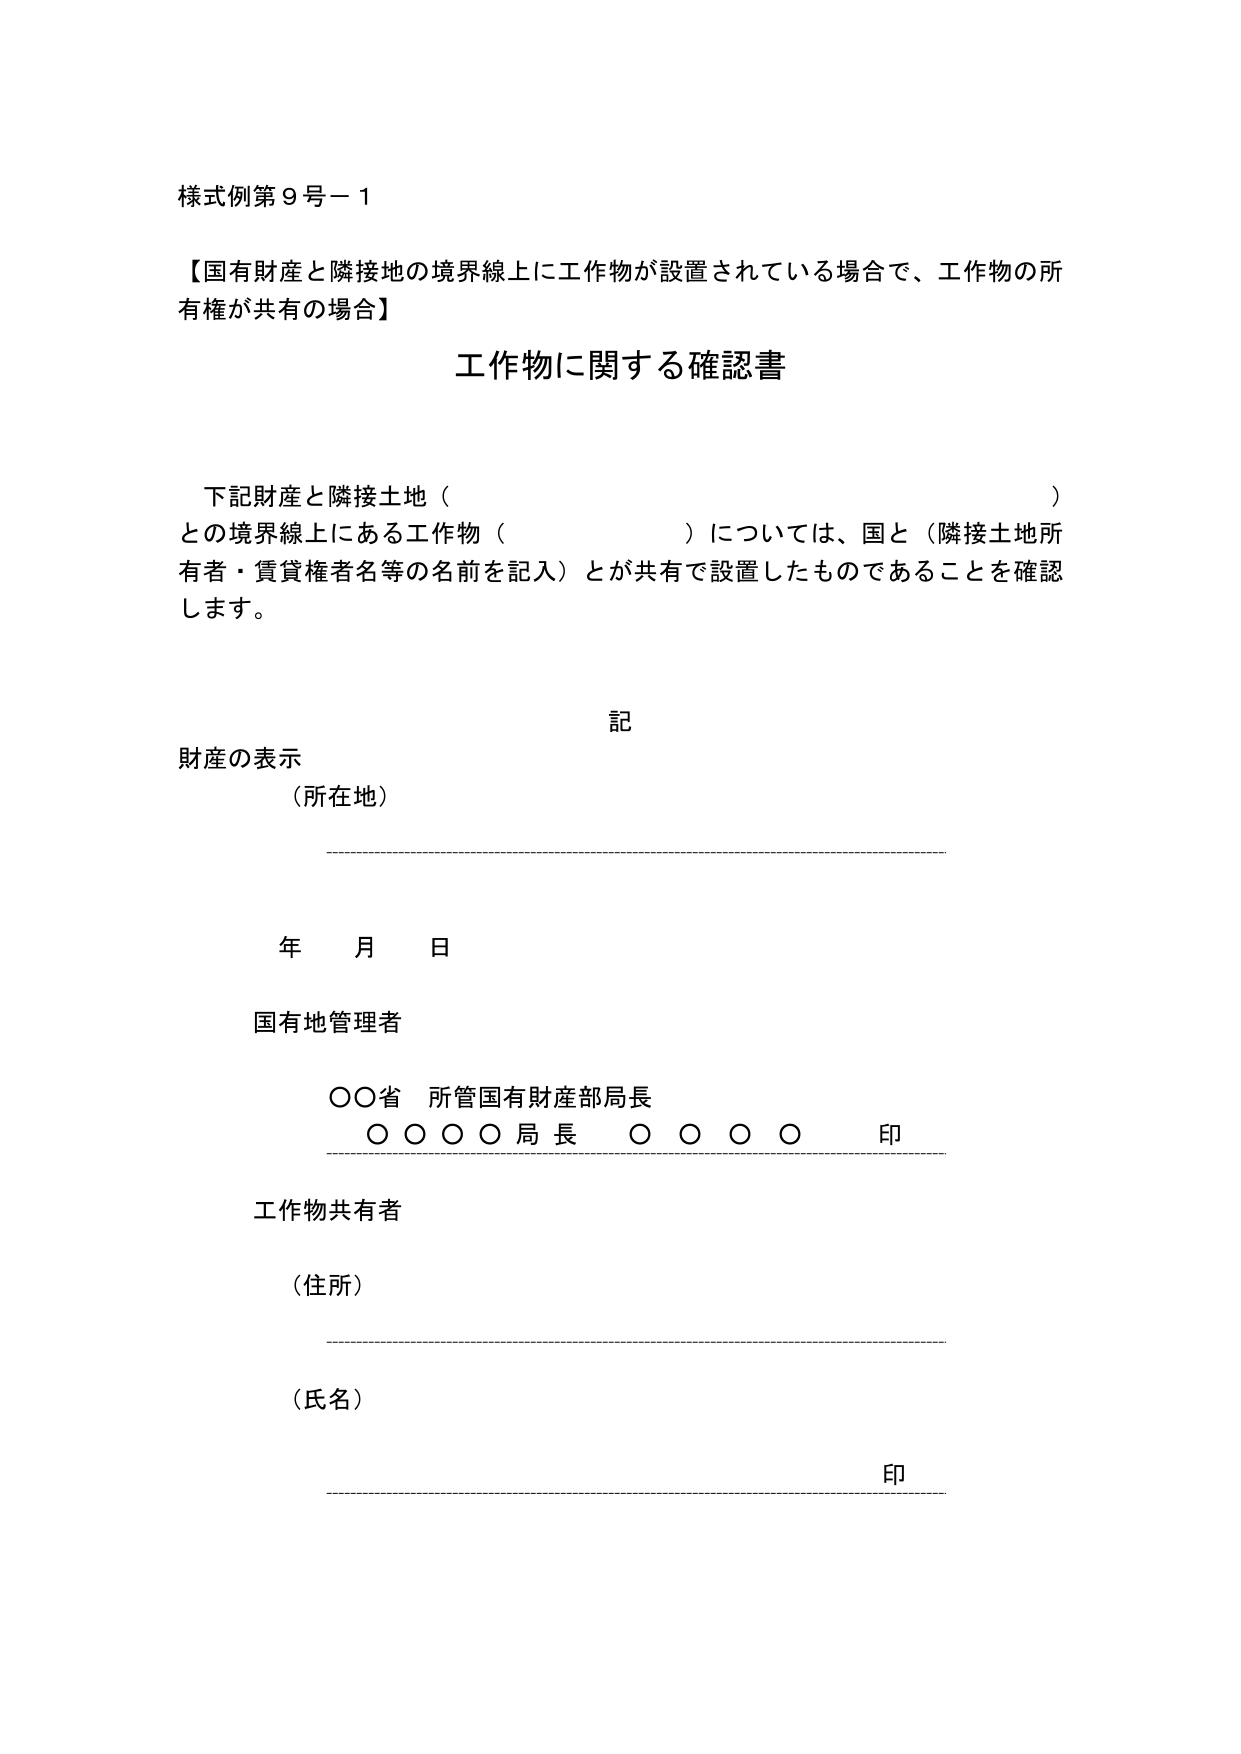
様式例第９号－１

【国有財産と隣接地の境界線上に工作物が設置されている場合で、工作物の所有権が共有の場合】

工作物に関する確認書

下記財産と隣接土地（　　　　　　　　　　　　　　　　　　　　）
との境界線上にある工作物（　　　　　　　　　　　　　　　　）については、国と（隣接土地所有者・賃貸権者名等の名前を記入）とが共有で設置したものであることを確認します。

記

財産の表示
（所在地）

年　月　日

国有地管理者

○○省　所管国有財産部局長
○○○○局長　○○○○　印

工作物共有者

（住所）

（氏名）　印